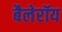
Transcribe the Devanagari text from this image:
बैलेरॉय